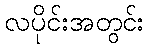
လပိုင်းအတွင်း